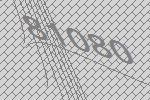
81080